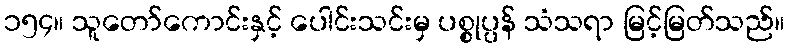
၁၅၄။ သူတော်ကောင်းနှင့် ပေါင်းသင်းမှ ပစ္စုပ္ပန် သံသရာ မြင့်မြတ်သည်။